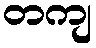
တကျ